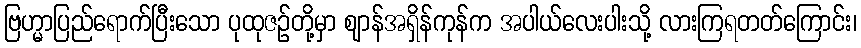
ဗြဟ္မာပြည်ရောက်ပြီးသော ပုထုဇဉ်တို့မှာ ဈာန်အရှိန်ကုန်က အပါယ်လေးပါးသို့ လားကြရတတ်ကြောင်း၊